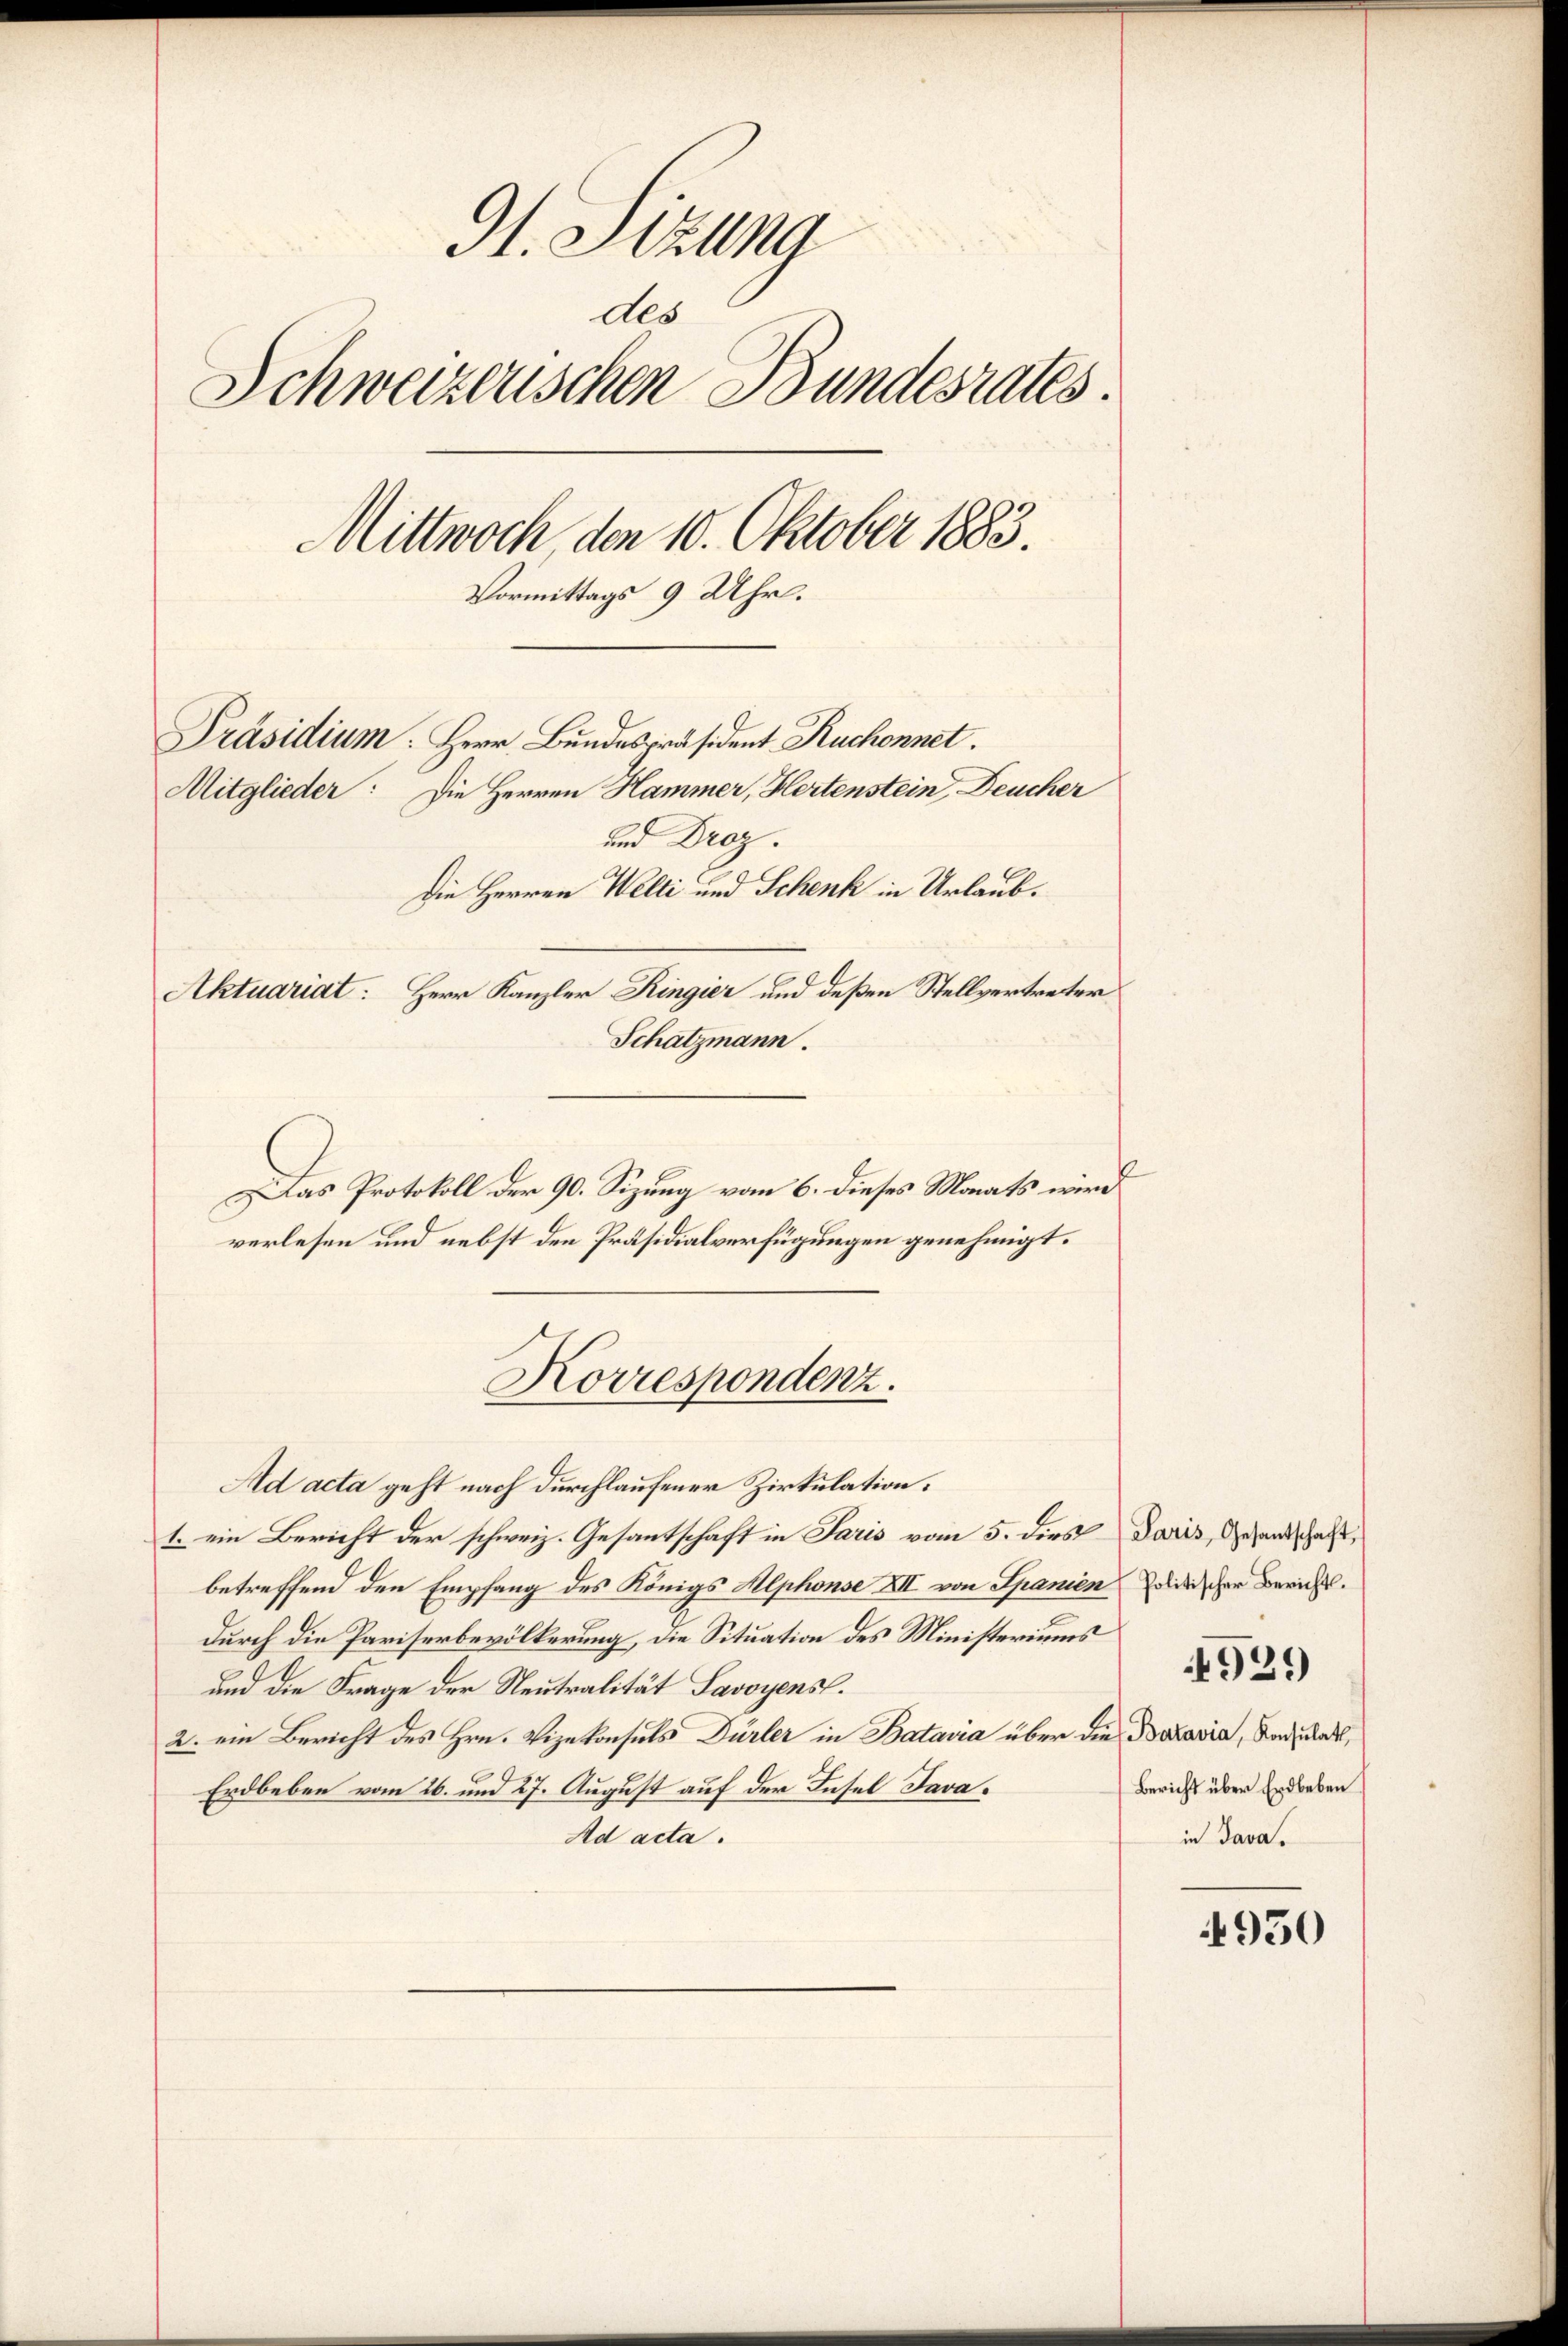
9t. Sizung
des
Schweizerischen Bundesrates.
Mittwoch den 10. Oktober 1883.
Vormittags 9 Uhr.
Präsidium. Herr Bundespräsident Ruchonnet.
Mitglieder: Die Herren Hammer, Hertenstein, Deucher
und Droz.
Die Herren Welti und Schenk in Urlaub.
Aktuariat. Herr Kanzler Ringier und deßen Stellvertreter
Schatzmann.

Das Protokoll der 90. Sizung vom 6. dieses Monats wird
verlesen und nebst den Präsidialverfügungen genehmigt.
Ad acta geht nach durchlaufener Zirkulation.
1. ein Bericht der schweiz. Gesantschaft in Paris vom 5. dies Paris, Gesandschaft,
betreffend den Empfang des Königs Alphonse XII von Spanien odischer Berichts.
durch die Pariserbevölkerung, die Situation des Ministeriums
und die Frage der Neutralität Savoyens.
2. ein Bericht des Hrn. Vizekonsuls Dürler in Batavia über die Batavia, Baden,
Erdbeben vom 26. und 27. August auf der Insel Java¬
Ad acta.

Korrespondenz.

Bericht über Erdbeben
in Java.

4939

4950